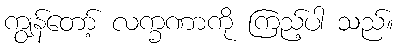
ကျွန်တော့် လက္ခဏာကို ကြည့်ပါ သည်။